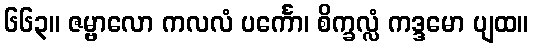
၆၆၃။ ဇမ္ဗာလော ကလလံ ပင်္ကော၊ စိက္ခလ္လံ ကဒ္ဒမော ပျထ။